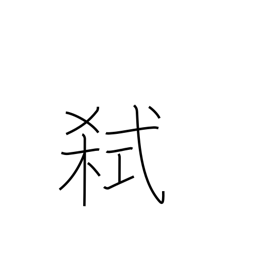
Meaning: murder one's lord or father